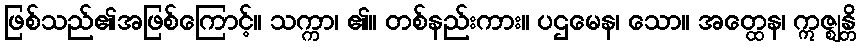
ဖြစ်သည်၏အဖြစ်ကြောင့်။ သက္ကာ၊ ၏။ တစ်နည်းကား။ ပဌမေန၊ သော။ အတ္ထေန၊ ဣဇ္ဈန္တိ